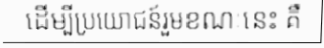
ដើម្បីប្រយោជន៍រួមខណៈនេះ គឺ